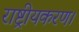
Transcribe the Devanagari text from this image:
राष्ट्रीयकरण।